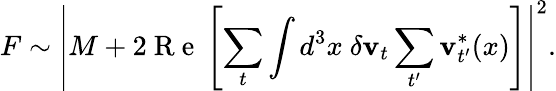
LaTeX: F\sim\left|M+2\mathrm{~R~e~}\left[\sum_{t}\int d^{3}x\ \delta\textbf{v}_{t}\sum_{t^{\prime}}\textbf{v}_{t^{\prime}}^{*}(x)\right]\right|^{2}.